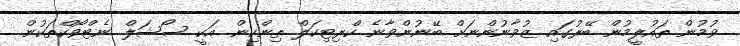
ވުމުން ތައުލީމުން ބޭރުގައި ޒުވާނުންނަށް ބޭނުންވާނެ ކްރިޓިކަލް ތިންކިން އަކީ ސޯޝަލް ނެޓްވޯކްތަކުން